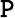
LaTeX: \mathtt{P}